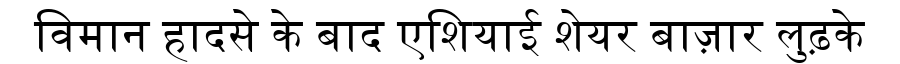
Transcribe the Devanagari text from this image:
विमान हादसे के बाद एशियाई शेयर बाज़ार लुढ़के